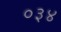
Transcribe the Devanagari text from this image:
०३४